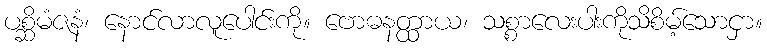
ပစ္ဆိမံဇနံ၊ နောင်လာလူပေါင်းကို။ ဗောဓနတ္ထာယ၊ သစ္စာလေးပါးကိုသိစိမ့်သောငှာ။